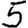
Digit: 5